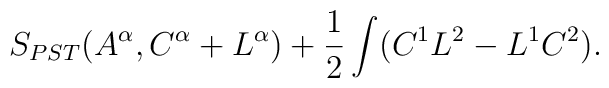
S_{PST}(A^\alpha, C^\alpha + L^\alpha) + {1\over 2} \int (C^1 L^2 - L^1 C^2).